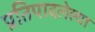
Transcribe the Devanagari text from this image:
प्रतिपादलेल्या